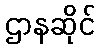
ဌာနဆိုင်